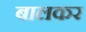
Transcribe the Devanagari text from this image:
बालकर